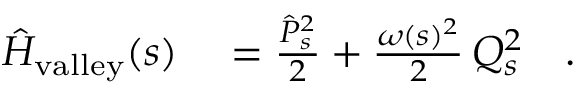
\begin{array} { r l } { \hat { H } _ { \mathrm { v a l l e y } } ( s ) } & { { } = \frac { \hat { P } _ { s } ^ { 2 } } { 2 } + \frac { \omega ( s ) ^ { 2 } } { 2 } \, Q _ { s } ^ { 2 } \quad . } \end{array}